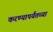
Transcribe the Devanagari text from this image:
करण्यापर्यंतच्या